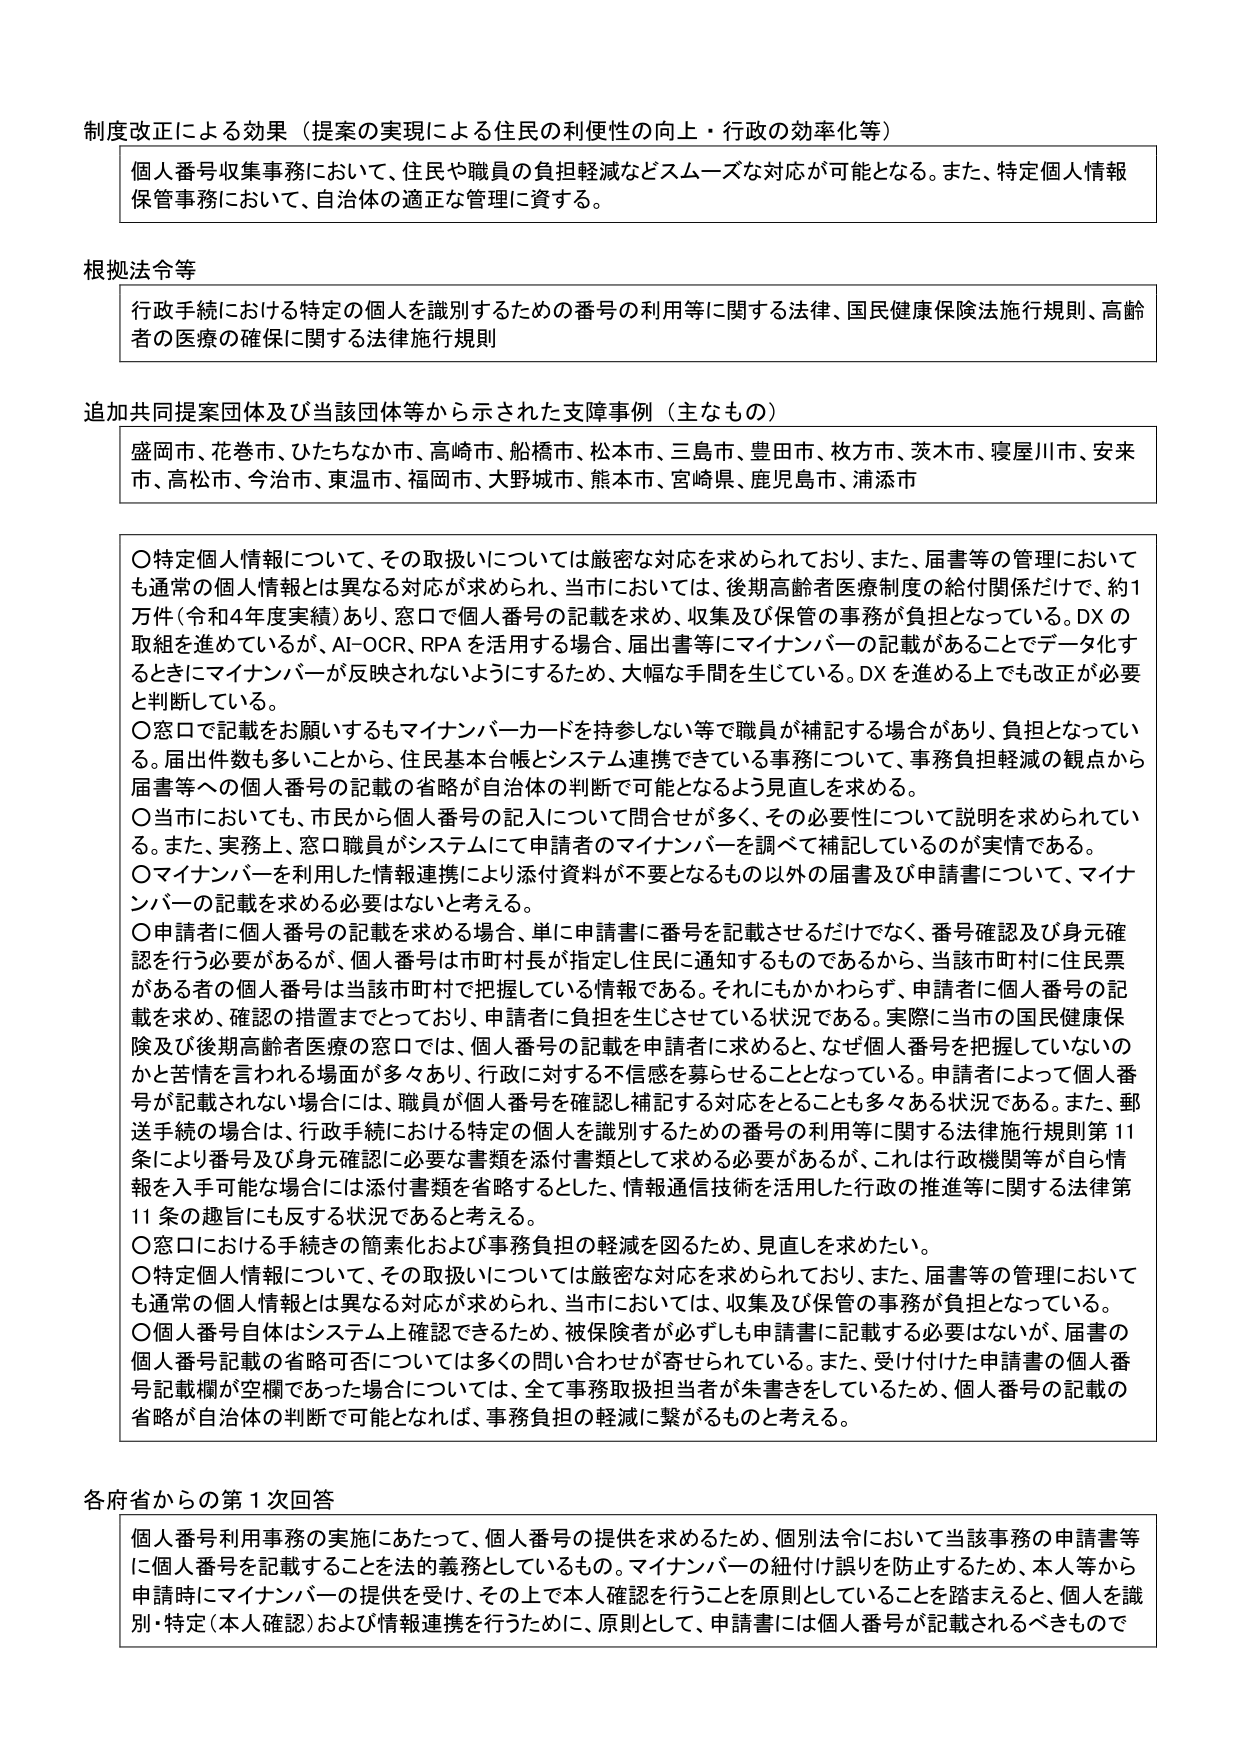
制度改正による効果（提案の実現による住民の利便性の向上・行政の効率化等）

個人番号収集事務において、住民や職員の負担軽減などスムーズな対応が可能となる。また、特定個人情報保管事務において、自治体の適正な管理に資する。

根拠法令等

行政手続における特定の個人を識別するための番号の利用等に関する法律、国民健康保険法施行規則、高齢者の医療の確保に関する法律施行規則

追加共同提案団体及び当該団体等から示された支障事例（主なもの）

盛岡市、花巻市、ひたちなか市、高崎市、船橋市、松本市、三島市、豊田市、枚方市、茨木市、寝屋川市、安来市、高松市、今治市、東温市、福岡市、大野城市、熊本市、宮崎県、鹿児島市、浦添市

〇特定個人情報について、その取扱いについては厳密な対応を求められており、また、届書等の管理においても通常の個人情報とは異なる対応が求められ、当市においては、後期高齢者医療制度の給付関係だけで、約1万件（令和4年度実績）あり、窓口で個人番号の記載を求め、収集及び保管の事務が負担となっている。DXの取組を進めているが、AI-OCR、RPAを活用する場合、届出書等にマイナンバーの記載があることでデータ化するときにマイナンバーが反映されないようにするため、大幅な手間を生じている。DXを進める上でも改正が必要と判断している。

〇窓口で記載をお願いするもマイナンバーカードを持参しない等で職員が補記する場合があり、負担となっている。届出件数も多いことから、住民基本台帳とシステム連携できている事務について、事務負担軽減の観点から届書等への個人番号の記載の省略が自治体の判断で可能となるよう見直しを求める。

〇当市においても、市民から個人番号の記入について問合せが多く、その必要性について説明を求められている。また、実務上、窓口職員がシステムにて申請者のマイナンバーを調べて補記しているのが実情である。

〇マイナンバーを利用した情報連携により添付資料が不要となるもの以外の届書及び申請書について、マイナンバーの記載を求める必要はないと考える。

〇申請者に個人番号の記載を求める場合、単に申請書に番号を記載させるだけでなく、番号確認及び身元確認を行う必要があるが、個人番号は市町村長が指定し住民に通知するものであるから、当該市町村に住民票がある者の個人番号は当該市町村で把握している情報である。それにもかかわらず、申請者に個人番号の記載を求め、確認の措置までとっており、申請者に負担を生じさせている状況である。実際に当市の国民健康保険及び後期高齢者医療の窓口では、個人番号の記載を申請者に求めると、なぜ個人番号を把握していないのかと苦情を言われる場面が多々あり、行政に対する不信感を募らせることとなっている。申請者によって個人番号が記載されない場合には、職員が個人番号を確認し補記する対応をとることも多々ある状況である。また、郵送手続の場合は、行政手続における特定の個人を識別するための番号の利用等に関する法律施行規則第11条により番号及び身元確認に必要な書類を添付書類として求める必要があるが、これは行政機関等が自ら情報を入手可能な場合には添付書類を省略するとした、情報通信技術を活用した行政の推進等に関する法律第11条の趣旨にも反する状況であると考える。

〇窓口における手続きの簡素化および事務負担の軽減を図るため、見直しを求めたい。

〇特定個人情報について、その取扱いについては厳密な対応を求められており、また、届書等の管理においても通常の個人情報とは異なる対応が求められ、当市においては、収集及び保管の事務が負担となっている。

〇個人番号自体はシステム上確認できるため、被保険者が必ずしも申請書に記載する必要はないが、届書の個人番号記載の省略可否については多くの問い合わせが寄せられている。また、受け付けた申請書の個人番号記載欄が空欄であった場合については、全て事務取扱担当者が朱書きをしているため、個人番号の記載の省略が自治体の判断で可能となれば、事務負担の軽減に繋がるものと考える。

各府省からの第1次回答

個人番号利用事務の実施にあたって、個人番号の提供を求めるため、個別法令において当該事務の申請書等に個人番号を記載することを法的義務としているもの。マイナンバーの紐付け誤りを防止するため、本人等から申請時にマイナンバーの提供を受け、その上で本人確認を行うことを原則としていることを踏まえると、個人を識別・特定（本人確認）および情報連携を行うために、原則として、申請書には個人番号が記載されるべきもので